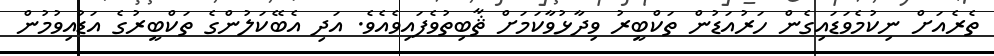
ތެރެއަށް ނިކުމެވަޑައިގެން ހަރުއަޑުން ތަކްބީރު ވިދާޅުވާކަމަށް ޘާބިތުވެފައިވެއެވެ. އަދި އެބޭކަލުންގެ ތަކްބީރުގެ އަޑުއިވުމުން